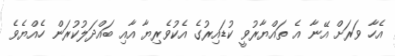
އެހާ ވަރަށް އޭނާ އެ ތައްޔާރުވީ ކުޑައިރުގެ އެކުވެރިޔާ އާއި ބައްދަލުކުރަން ހެއްޔެވެ